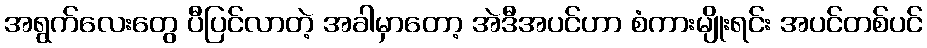
အရွက်လေးတွေ ပီပြင်လာတဲ့ အခါမှာတော့ အဲဒီအပင်ဟာ စံကားမျိုးရင်း အပင်တစ်ပင်